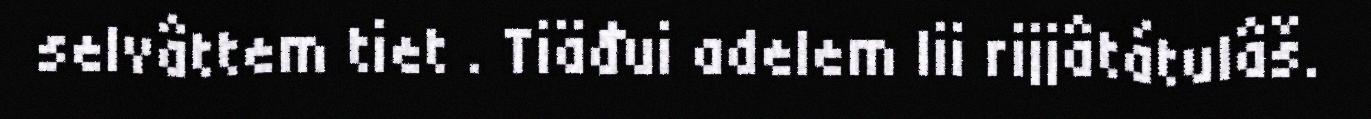
selvâttem tiet . Tiäđui adelem lii rijjâtátulâš.